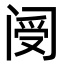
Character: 阌